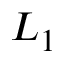
L _ { 1 }